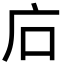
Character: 𢇞